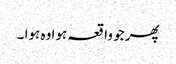
پھر جو واقعہ ہوا وہ ہوا ۔